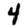
Digit: 4